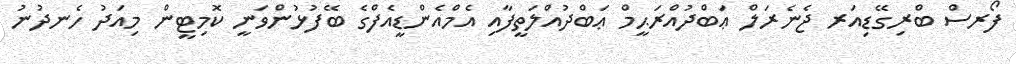
ފޯރސް ބްރިގޭޑިއަރ ޖެނެރަލް ޢަބްދުއްރަޙީމް ޢަބްދުއްލަތީފާއި އެމްއެންޑީއެފްގެ ބޭފުޅުންވަނީ ކޮމިޓީން މިއަދު ހެނދުނު